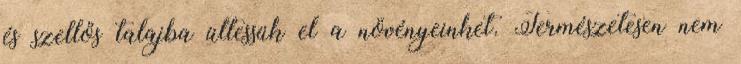
és szellős talajba ültessük el a növényeinket. Természetesen nem